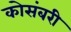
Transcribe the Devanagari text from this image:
कोसंबरी